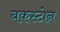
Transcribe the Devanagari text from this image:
बकस्टोन